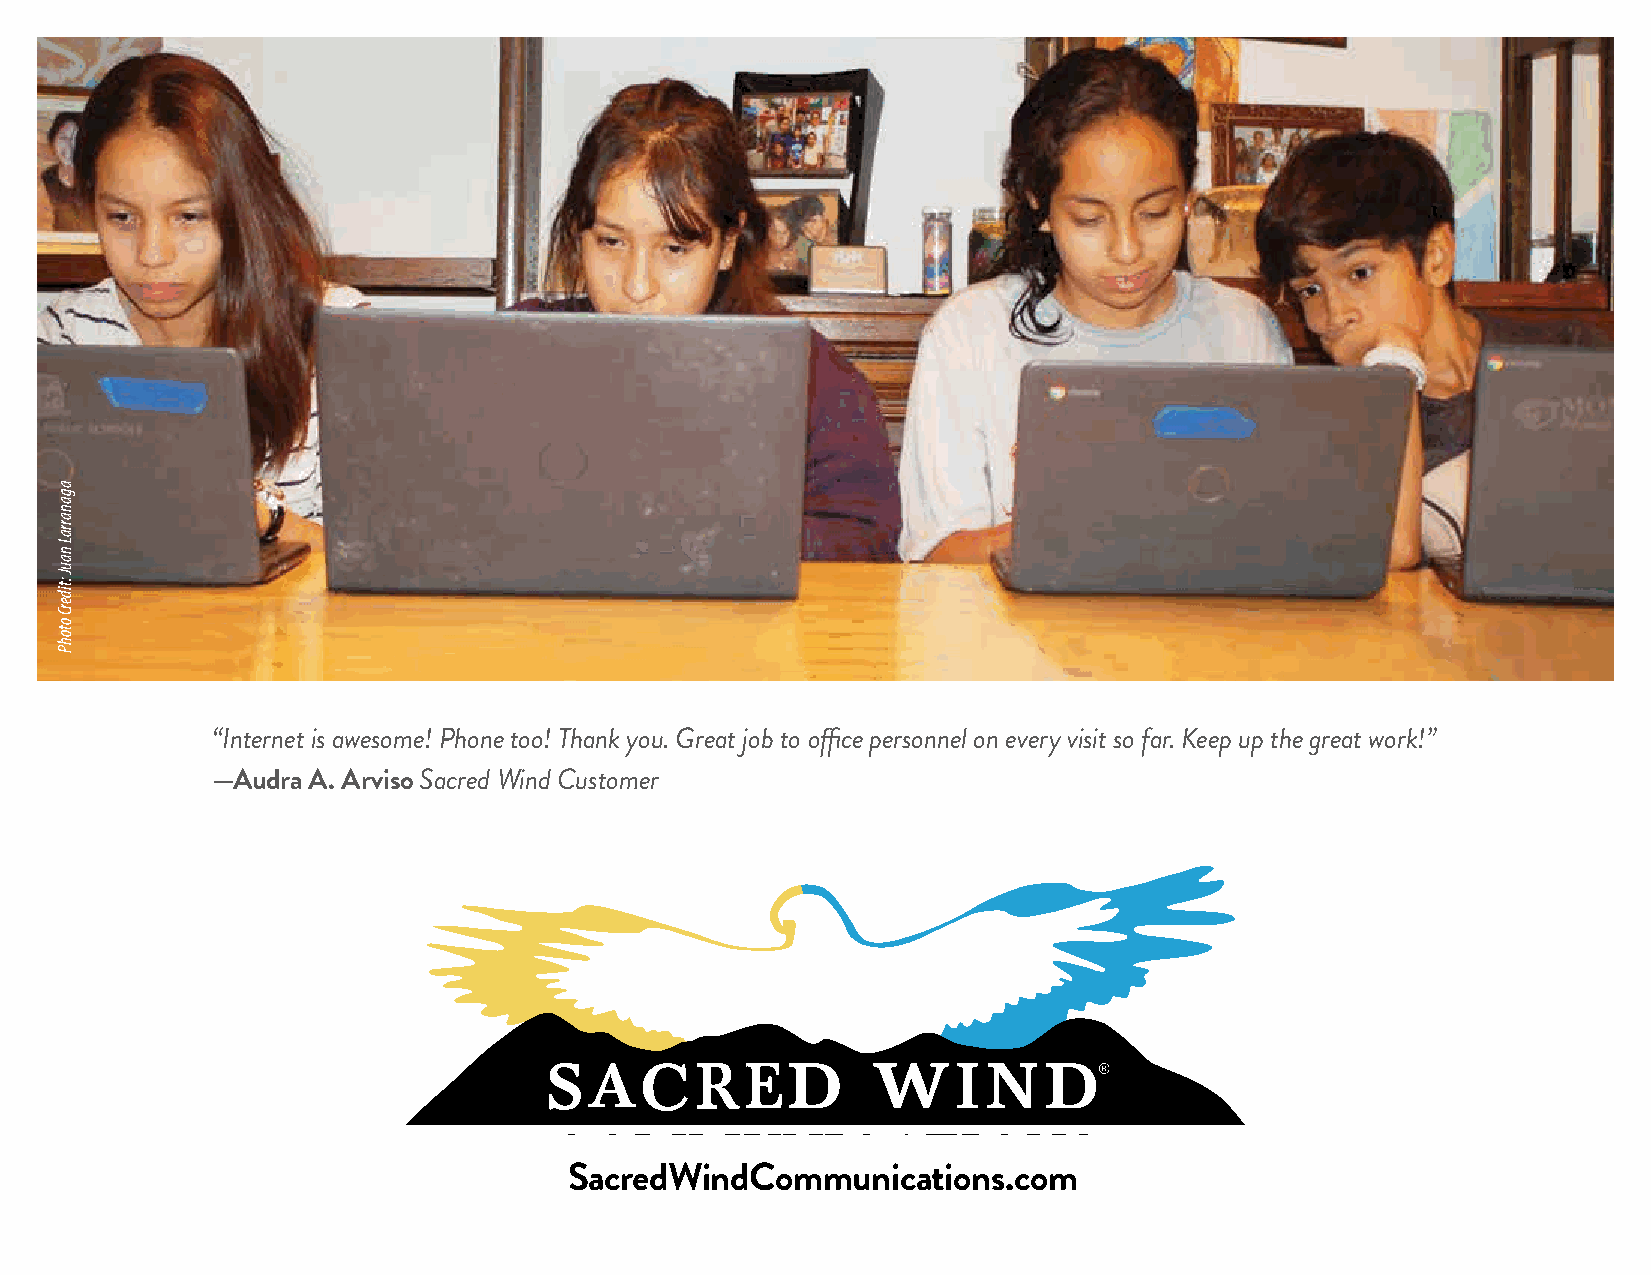
“Internet is awesome! Phone too! Thank you. Great job to office personnel on every visit so far. Keep up the great work!”
 —Audra A. Arviso Sacred Wind Customer
 Serving        Our      Community
 SacredWindCommunications.com
 aganarraL
 nauJ
 :tiderC
 otohP